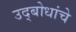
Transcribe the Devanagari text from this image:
उद्बोधांचे